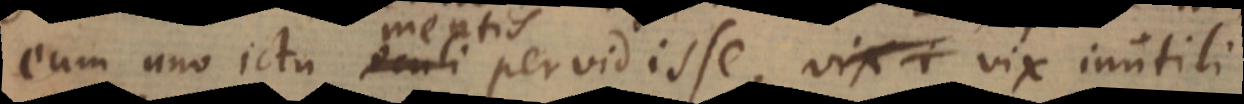
eum uno ictu oculi mentis pervidisse, vix vix inutili